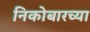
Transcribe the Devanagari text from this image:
निकोबारच्या